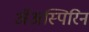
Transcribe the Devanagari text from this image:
ॲअस्पिरिन